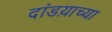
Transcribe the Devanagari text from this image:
दांडय़ाच्या